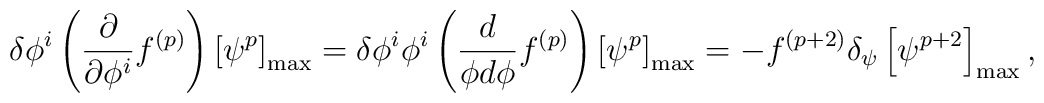
\delta \phi^i \left( \frac{\partial}{\partial \phi^i} f^{(p)} \right) \left[ \psi^p \right]_{\rm max} =  \delta \phi^i \phi^i \left(  \frac{d } {\phi d \phi}  f^{(p)} \right)  \left[ \psi^p    \right]_{\rm max} =  - f^{(p+2)} \delta_{\psi} \left[ \psi^{p+2}    \right]_{\rm max} ,